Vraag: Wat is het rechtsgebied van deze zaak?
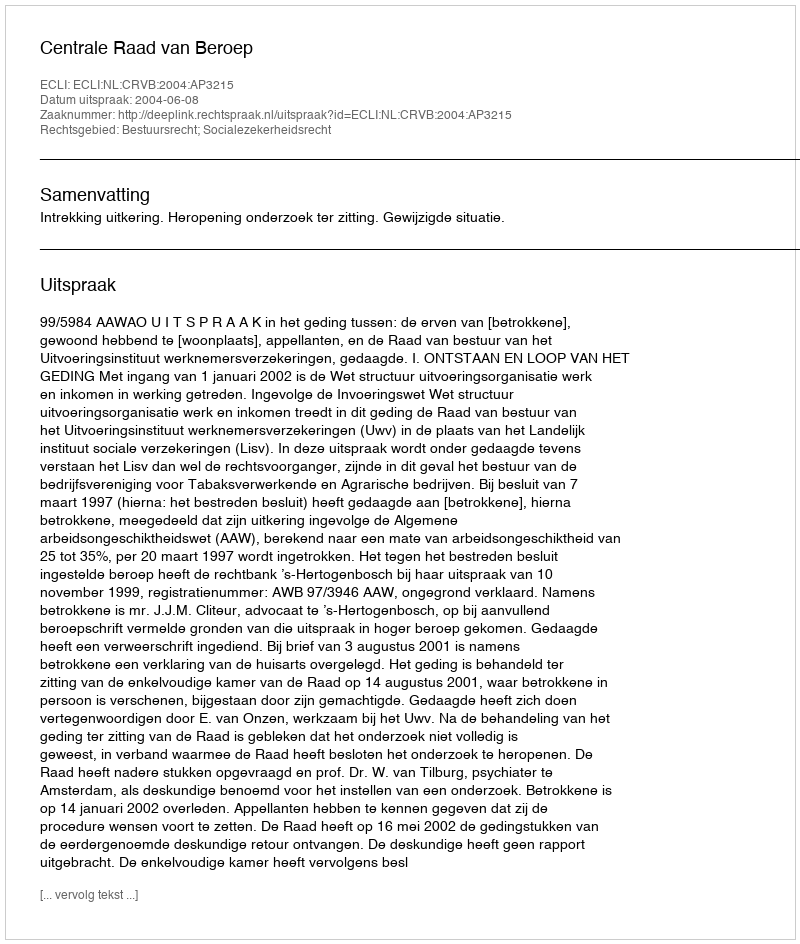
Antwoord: Bestuursrecht; Socialezekerheidsrecht